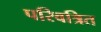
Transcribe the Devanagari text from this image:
परिवत्रित